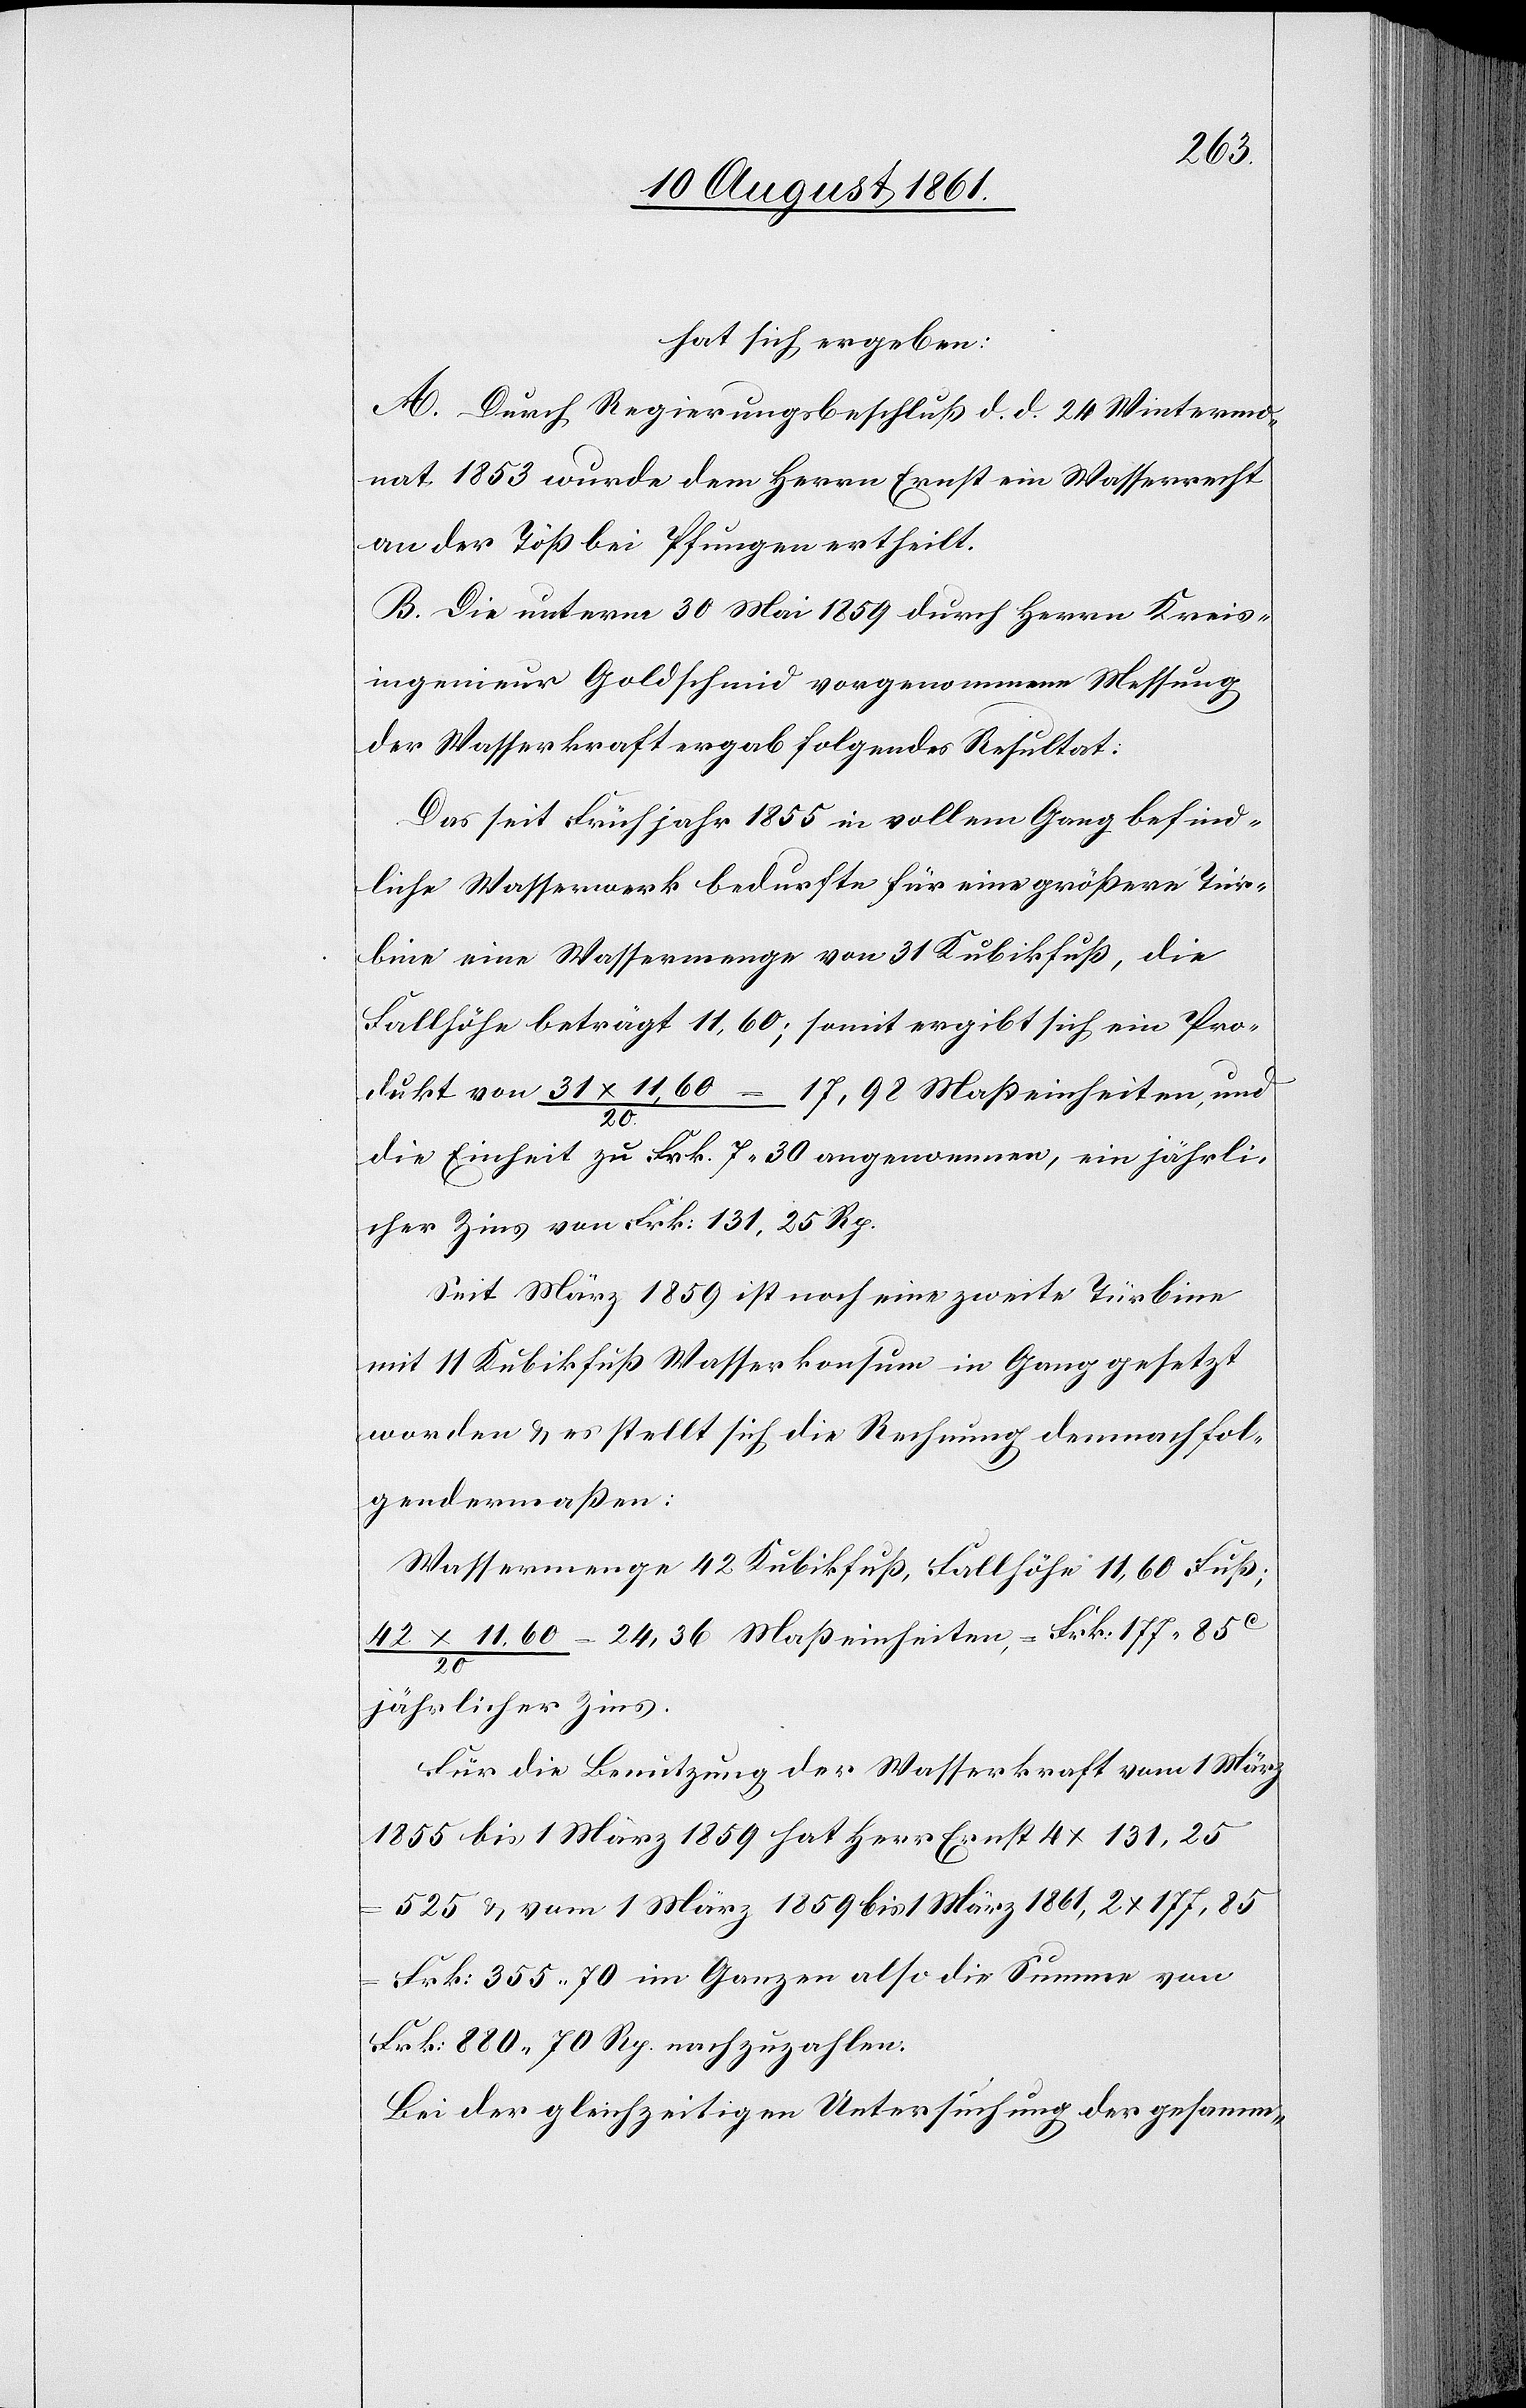
hat sich ergeben:
A. Durch Regierungsbeschluß d. d. 24 Wintermo¬
nat 1853 wurde dem Herrn Ernst ein Wasserrecht
an der Töß bei Pfungen ertheilt.
B. Die unterm 30 Mai 1859 durch Herrn Kreis¬
ingenieur Goldschmied vorgenommene Messung
der Wasserkraft ergab folgendes Resultat:
Das seit Frühjahr 1855 in vollem Gang befind¬
liche Wasserwerk bedurfte für eine größere Tur¬
bine eine Wassermenge von 31 Kubikfuß, die
Fallhöhe beträgt 11,60; somit ergibt sich ein Pro¬
dukt von 31 x 11,60
17,92 Maßeinheiten, und
die Einheit zu Frk. 7.30 angenommen, ein jährli¬
cher Zins von Frk. 131, 25 Rp.
Seit März 1859 ist noch eine zweite Turbine
mit 11 Kubikfuß Wasserkonsum in Gang gesetzt
worden u. es stellt sich die Rechnung demnach fol¬
gendermaßen:
Wassermenge 42 Kubikfuß, Fallhöhe 11,60 Fuß;
42 x 11.60 / 20 = 24,36 Maßeinheiten, = Frk. 177.85c
jährlicher Zins.
Für die Benutzung der Wasserkraft vom 1 März
1855 bis 1 März 1859 hat Herr Ernst 4 x 131,25
525 u. vom 1 März 1859 bis 1 März 1861, 2 x 177,85
Frk. 355.70 im Ganzen also die Summe von
Frk. 880. 70 Rp. nachzuzahlen.
Bei der gleichzeitigen Untersuchung der gesamm-